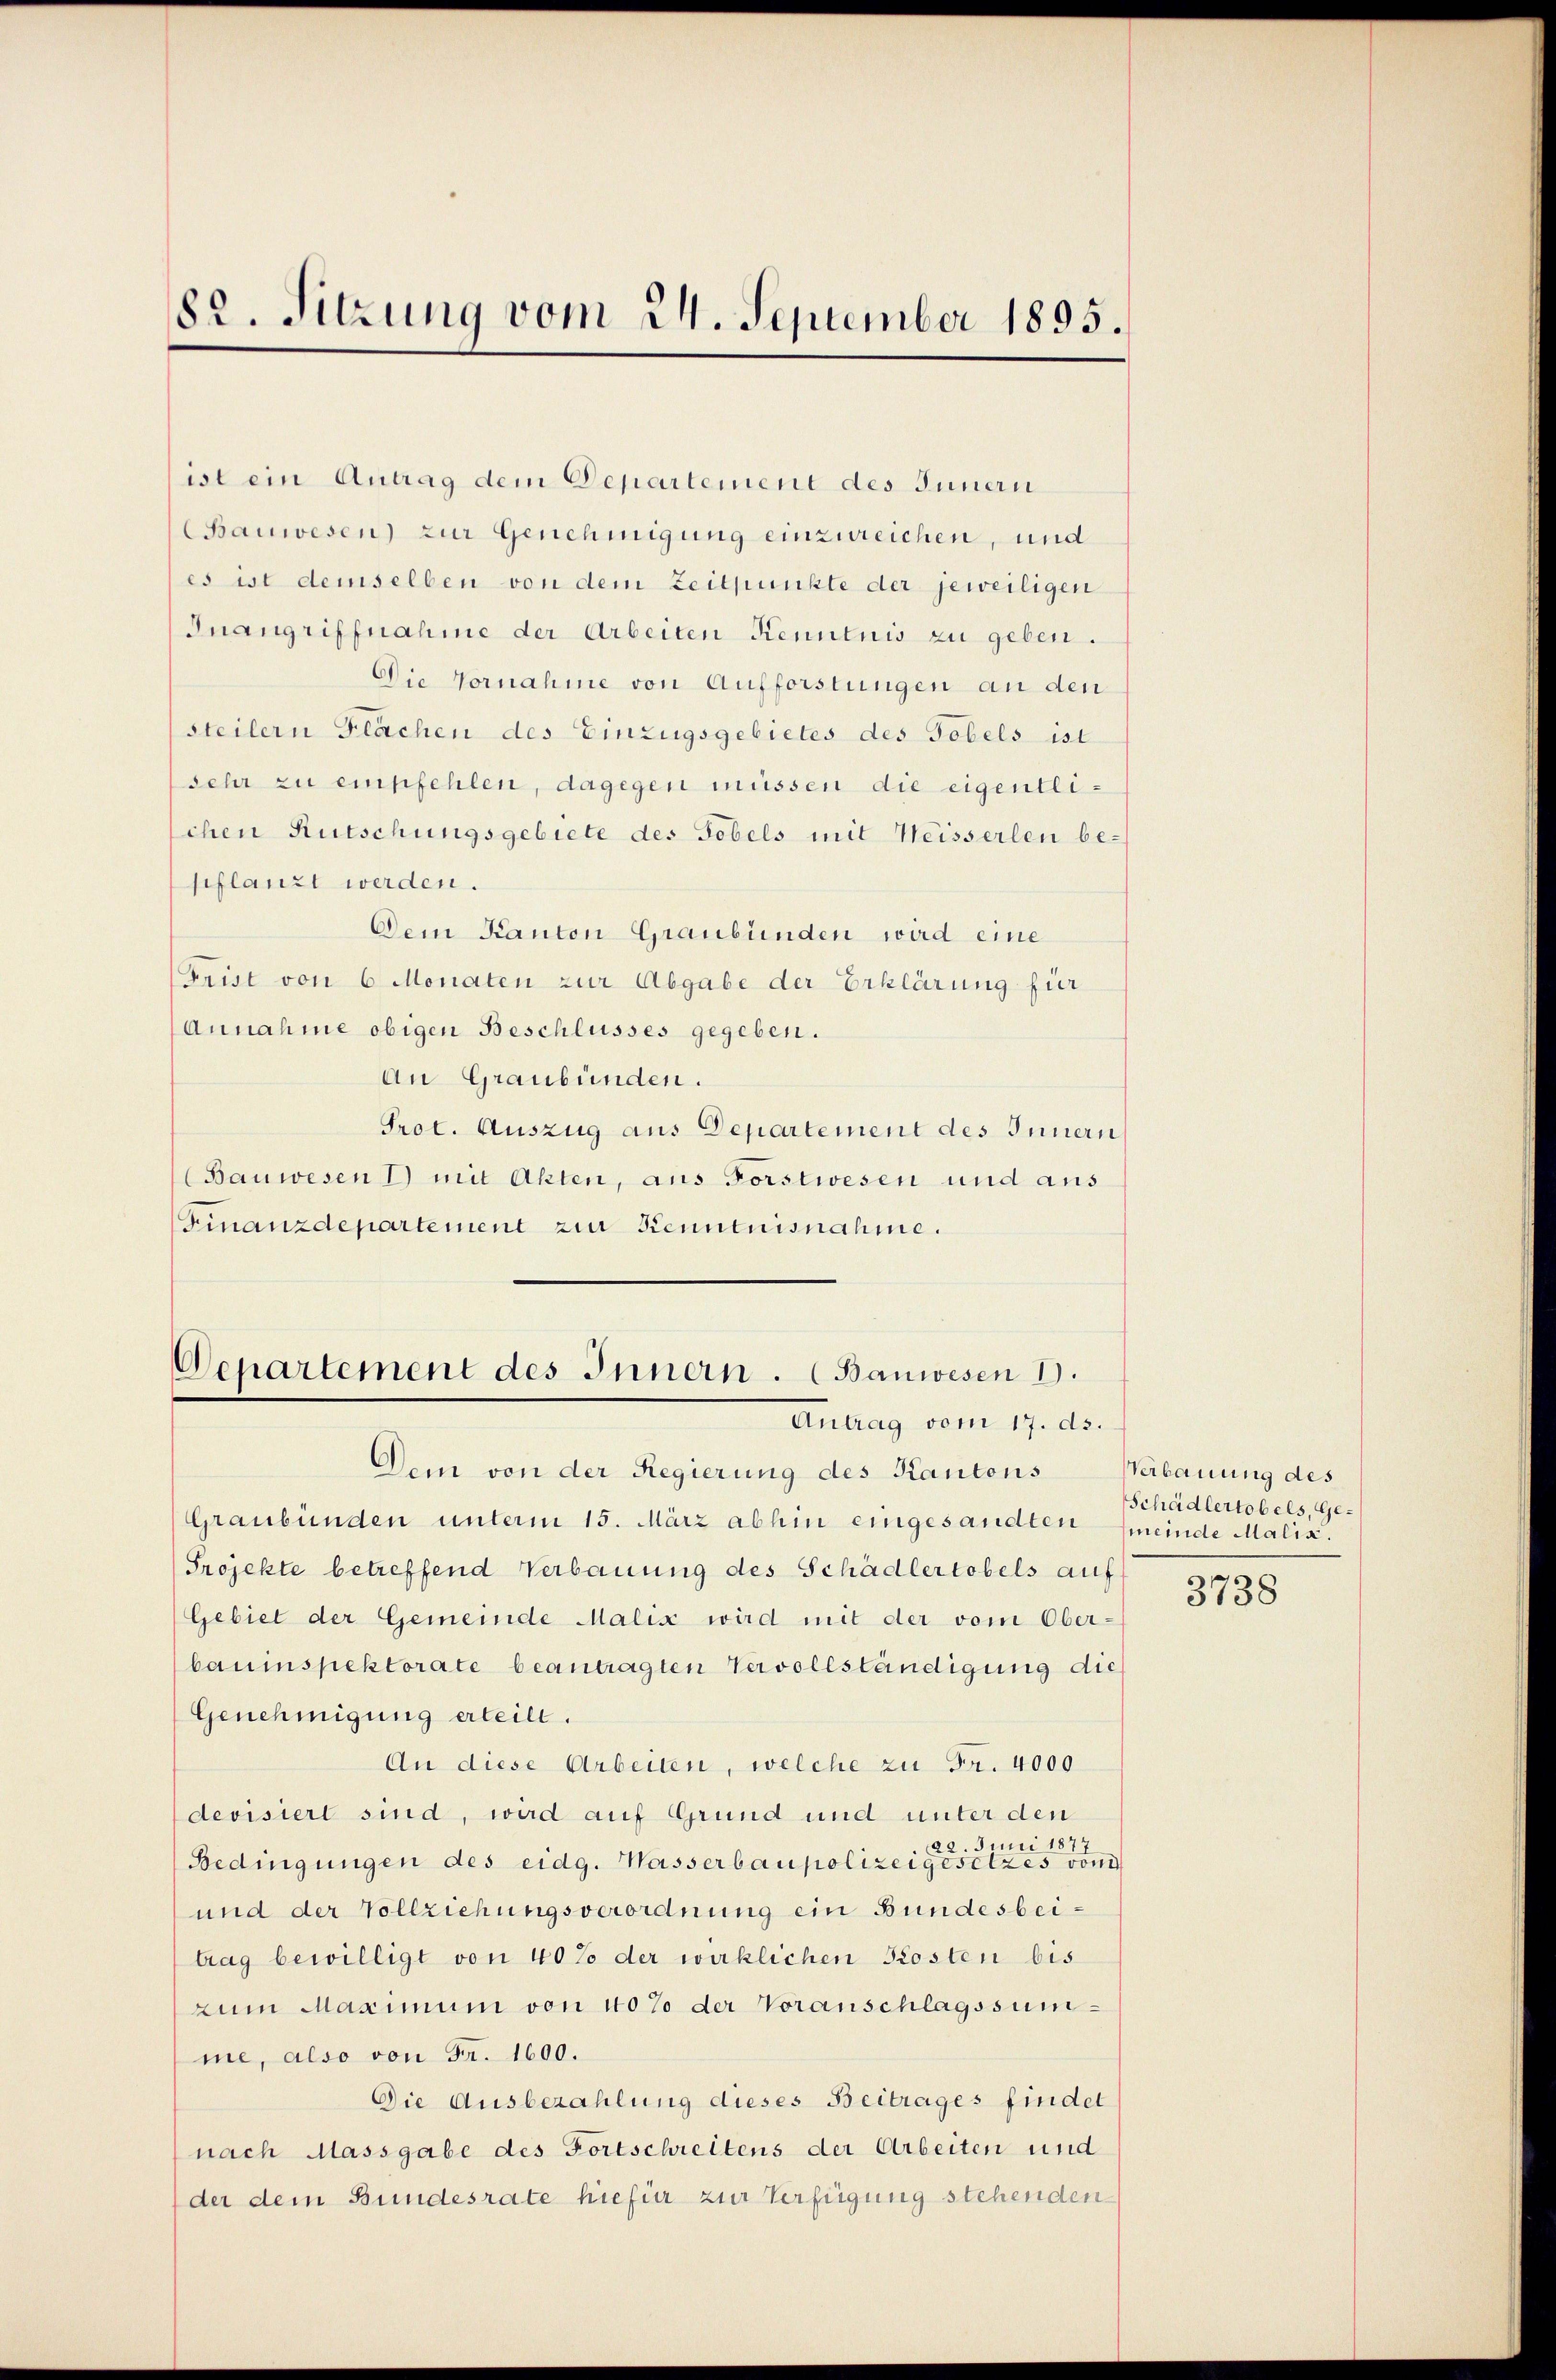
82. Sitzung vom 24. September 1895.

ist ein Antrag dem Departement des Innern
auwesen) zur Genehmigung einzureichen, und
es ist demselben von dem Zeitpunkte der jeweiligen
Inangriffnahme der Arbeiten Kenntnis zu geben.
Die Vornahme von Aufforstungen an den
steilern Flächen des Einzugsgebietes des Tobels ist
sehr zu empfehlen, dagegen müssen die eigentlichen Rutschungsgebiete des Tobels mit Weisserlen be-
sflanzt werden.
Dem Kanton Graubünden wird eine
Frist von 6 Monaten zur Abgabe der Erklärung für
Annahme obigen Beschlusses gegeben.
An Graubünden.
Prot. Auszug aus Departement des Innern
(Bauwesen 1) mit Akten, aus Forstwesen und aus
Finanzdepartement zur Kenntnisnahme.

Departement des Innern. (Bauwesen I.
Antrag vom 17. ds.

Dem von der Regierung des Kantons
Graubünden unterm 15. März abhin eingesandten meinde Malis.
Projekte betreffend Verbauung des Schädlertobels auf
Gebiet der Gemeinde Malis wird mit der vom Ober-
bauinspektorate beantragten Vervollständigung dies
Genehmigung erteilt.
An diese Arbeiten, welche zu Fr. 4000
devisiert sind, wird auf Grund und unter den
22. Juni 1871
Bedingungen des eidg. Wasserbaupolizeigesetzes vom
und der Vollziehungsverordnung ein Bundesbeitrag bewilligt von 40% der wirklichen Klosten bis
zum Maximum von 40% der Voranschlagssumme, also von Fr. 1600.
Die Ausbezahlung dieses Beitrages findet
nach Massgabe des Fortschreitens der Arbeiten und
der dem Bundesrate hiefür zur Verfügung stehenden

Verbauung des
Schädlertobels, Gee

3138